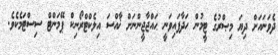
ދެވަނައަށް ދިޔަ މިޞްރުގެ ޓީމުން ހަދާފައިވަނީ ޙައްޖާޖީންނަށް ޚާއްސަ އިލެކްޓްރޯނިކް ޕޭމަންޓް ސިސްޓަމެކެވެ.